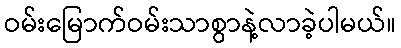
ဝမ်းမြောက်ဝမ်းသာစွာနဲ့လာခဲ့ပါမယ်။